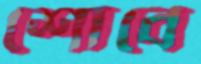
শোবে